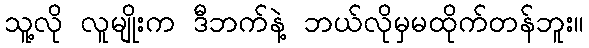
သူ့လို လူမျိုးက ဒီဘက်နဲ့ ဘယ်လိုမှမထိုက်တန်ဘူး။